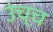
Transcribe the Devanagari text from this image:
उंच्च